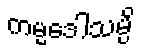
ကမ္မဒေါသမ္ပိ